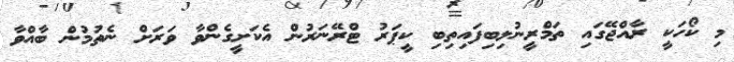
މި ކޯހަކީ ރާއްޖޭގައި ތަމްރީނުލިބިފައިތިބި ކީޕަރު ޓްރޭނަރުން އެކަށީގެންވާ ވަރަށް ނެތުމުން ބާއްވާ